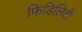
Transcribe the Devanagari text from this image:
फिडिलिटी